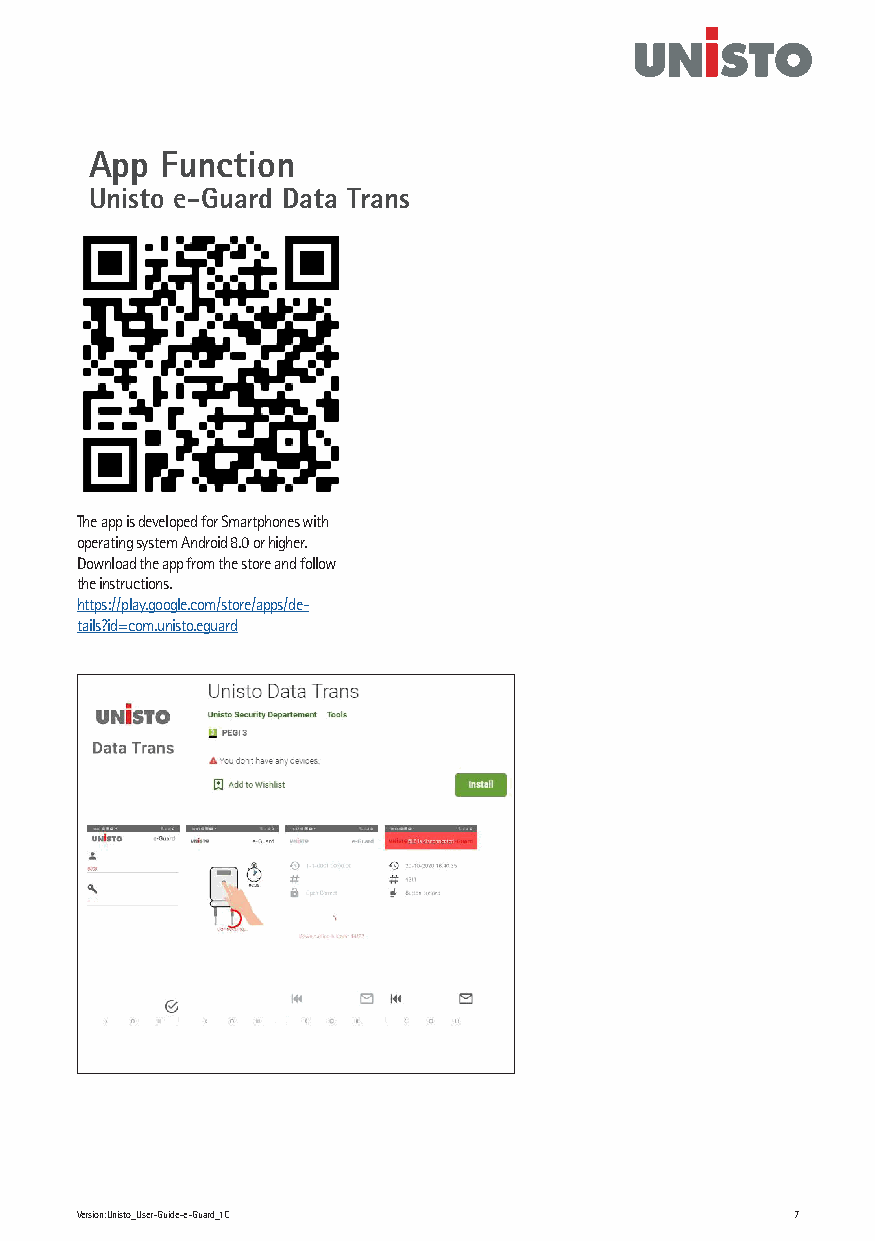
App  Function
 Unisto e-Guard Data Trans
 The app is developed for Smartphones with
 operating system Android 8.0 or higher.
 Download the app from the store and follow
 the instructions.
 https://play.google.com/store/apps/de-
 tails?id=com.unisto.eguard
 Version:Unisto_User-Guide-e-Guard_1C           7